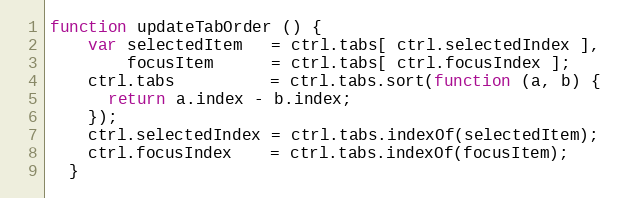
Language: JavaScript
function updateTabOrder () {
    var selectedItem   = ctrl.tabs[ ctrl.selectedIndex ],
        focusItem      = ctrl.tabs[ ctrl.focusIndex ];
    ctrl.tabs          = ctrl.tabs.sort(function (a, b) {
      return a.index - b.index;
    });
    ctrl.selectedIndex = ctrl.tabs.indexOf(selectedItem);
    ctrl.focusIndex    = ctrl.tabs.indexOf(focusItem);
  }